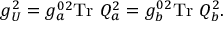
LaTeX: g _ { U } ^ { 2 } = g _ { a } ^ { 0 2 } \mathrm { T r } ~ Q _ { a } ^ { 2 } = g _ { b } ^ { 0 2 } \mathrm { T r } ~ Q _ { b } ^ { 2 } .